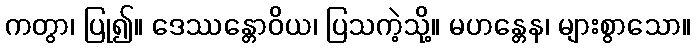
ကတွာ၊ ပြု၍။ ဒေဿန္တောဝိယ၊ ပြသကဲ့သို့။ မဟန္တေန၊ များစွာသော။